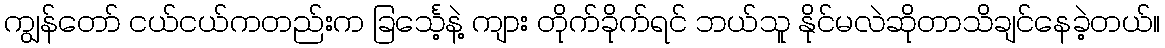
ကျွန်တော် ငယ်ငယ်ကတည်းက ခြင်္သေ့နဲ့ ကျား တိုက်ခိုက်ရင် ဘယ်သူ နိုင်မလဲဆိုတာသိချင်နေခဲ့တယ်။